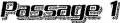
Passrrr. 1